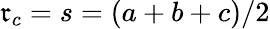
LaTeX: \displaystyle\mathfrak{r}_{c}=s=(a+b+c)/2